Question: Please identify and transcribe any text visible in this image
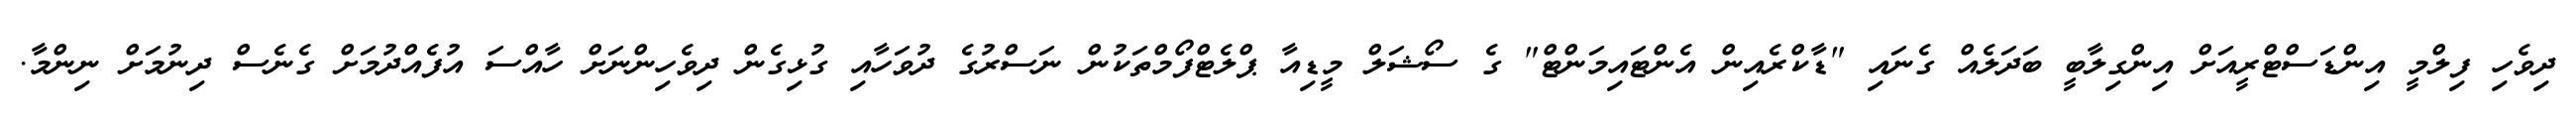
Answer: ދިވެހި ފިލްމީ އިންޑަސްޓްރީއަށް އިންގިލާބީ ބަދަލެއް ގެނައި "ޑާކްރެއިން އެންޓައިމަންޓް" ގެ ސޯޝަލް މީޑިއާ ޕްލެޓްފޯމްތަކުން ނަސްރުގެ ދުވަހާއި ގުޅިގެން ދިވެހިންނަށް ހާއްސަ އުފެއްދުމަށް ގެނެސް ދިނުމަށް ނިންމާ.